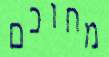
מחוכם